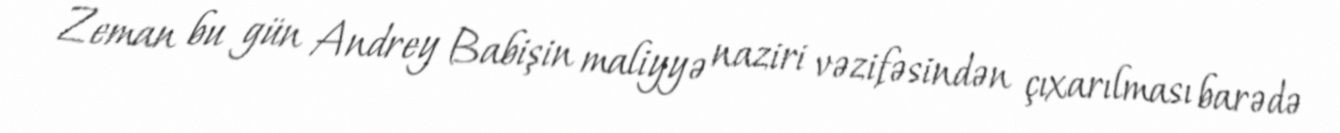
Zeman bu gün Andrey Babişin maliyyə naziri vəzifəsindən çıxarılması barədə